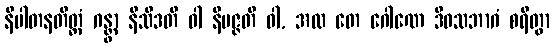
နိပါတနတိတ္ထံ ဂန္တွာ နိသီဒတိ ဝါ နိပဇ္ဇတိ ဝါ, အထ တေ ဂေါဏေ ဒိဝသဘာဂံ စရိတွာ